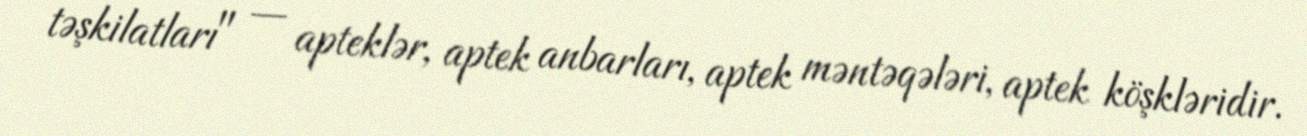
təşkilatları" — apteklər, aptek anbarları, aptek məntəqələri, aptek köşkləridir.